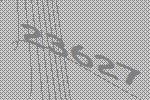
23627